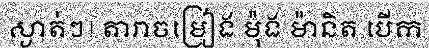
ស្ងាត់ៗ! តារាចម្រៀង ម៉ុង ម៉ានិត បើក